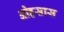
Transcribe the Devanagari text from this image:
ओहसास